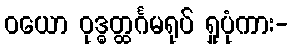
ဝယော ဝုဒ္ဓတ္ထင်္ဂမရုပ် ရှုပုံကား-